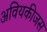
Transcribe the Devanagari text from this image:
अवियकीजस